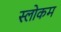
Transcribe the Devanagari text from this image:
स्‍लोकम